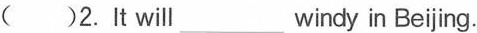
( )2. It will ___ windy in Beijing.